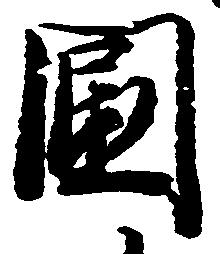
国